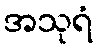
အသုရံ